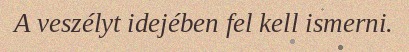
A veszélyt idejében fel kell ismerni.